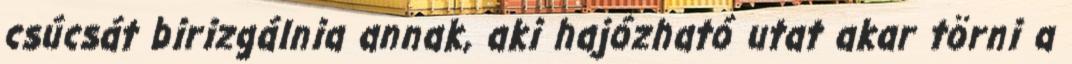
csúcsát birizgálnia annak, aki hajózható utat akar törni a